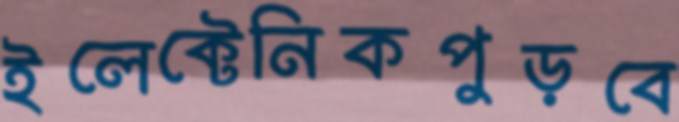
ইলেক্টেনিকপুড়বে